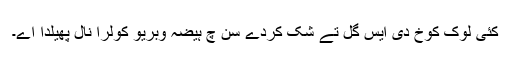
کئی لوک کوخ دی ایس گل تے شک کردے سن چ ہیضہ وبریو کولرا نال پھیلدا اے۔